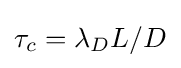
{\textstyle \tau _{c}=\lambda _{D}L/D}